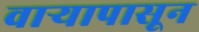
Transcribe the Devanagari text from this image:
वार्‍यापासून